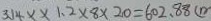
3 . 1 4 \times \times 1 . 2 \times 8 \times 2 0 = 6 0 2 . 8 8 ( m